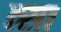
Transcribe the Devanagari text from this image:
त्सा